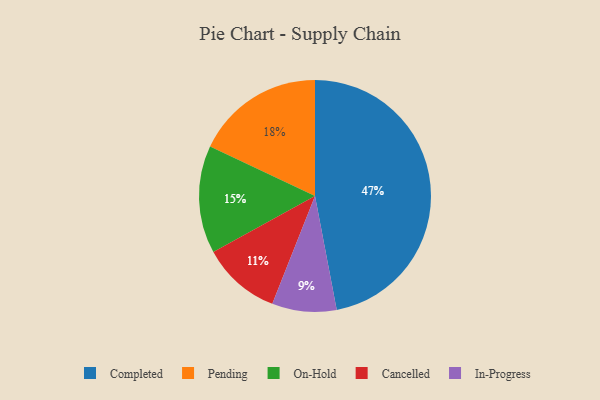
{"axis": {"x": "Category", "y": "Percentage"}, "legend": ["Cancelled", "Completed", "In-Progress", "On-Hold", "Pending"], "data": [{"x": "On-Hold", "y": 15, "type": "On-Hold"}, {"x": "In-Progress", "y": 9, "type": "In-Progress"}, {"x": "Pending", "y": 18, "type": "Pending"}, {"x": "Completed", "y": 47, "type": "Completed"}, {"x": "Cancelled", "y": 11, "type": "Cancelled"}]}